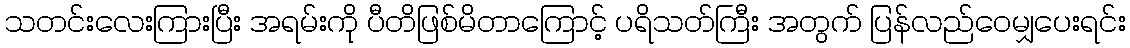
သတင်းလေးကြားပြီး အရမ်းကို ပီတိဖြစ်မိတာကြောင့် ပရိသတ်ကြီး အတွက် ပြန်လည်ဝေမျှပေးရင်း